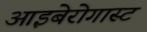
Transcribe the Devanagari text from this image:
आइबेरोगास्ट